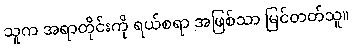
သူက အရာတိုင်းကို ရယ်စရာ အဖြစ်သာ မြင်တတ်သူ။